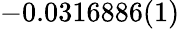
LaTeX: -0.0316886(1)